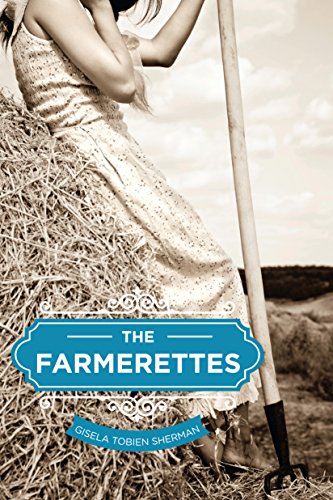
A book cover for The Farmerettes; Gisela Sherman; Teen & Young Adult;